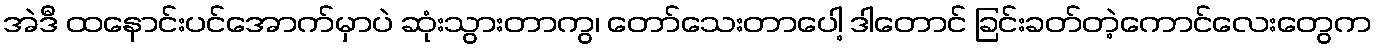
အဲဒီ ထနောင်းပင်အောက်မှာပဲ ဆုံးသွားတာကွ၊ တော်သေးတာပေါ့ ဒါတောင် ခြင်းခတ်တဲ့ကောင်လေးတွေက